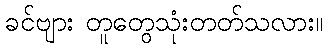
ခင်ဗျား တူတွေသုံးတတ်သလား။